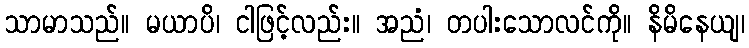
သာမာသည်။ မယာပိ၊ ငါဖြင့်လည်း။ အညံ၊ တပါးသောလင်ကို။ နိမိနေယျ၊